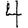
Digit: 4